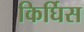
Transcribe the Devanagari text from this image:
किर्घिस